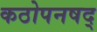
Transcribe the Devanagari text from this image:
कठोपनषद्